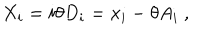
X _ { i } = i \theta D _ { i } = x _ { i } - \theta A _ { i } ~ , \nonumber